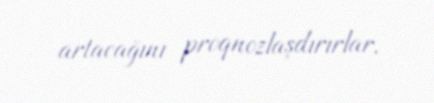
artacağını proqnozlaşdırırlar.